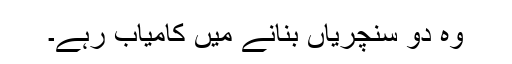
وہ دو سنچریاں بنانے میں کامیاب رہے۔